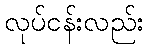
လုပ်ငန်းလည်း